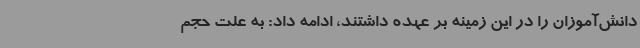
دانش‌آموزان را در این زمینه بر عهده داشتند، ادامه داد: به علت حجم